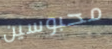
محبوسين